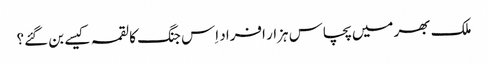
ملک بھر میں پچاس ہزار افراد اِس جنگ کا لقمہ کیسے بن گئے؟